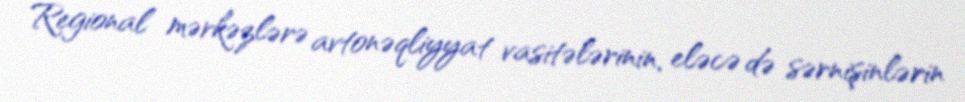
Regional mərkəzlərə avtonəqliyyat vasitələrinin, eləcə də sərnişinlərin